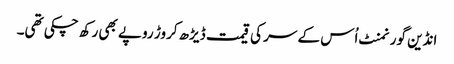
انڈین گورنمنٹ اُس کے سر کی قیمت ڈیڑھ کروڑ روپے بھی رکھ چکی تھی۔